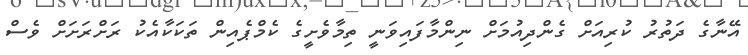
އޭނާގެ ދަތުރު ކުރިއަށް ގެންދިއުމަށް ނިންމާފައިވަނީ ތިމާވެށީގެ ކެމްޕެއިން ތަކަކާއެކު ރަށްރަށަށް ވެސް